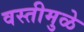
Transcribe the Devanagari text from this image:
वस्तीमुळे